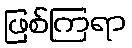
ဖြစ်ကြရာ